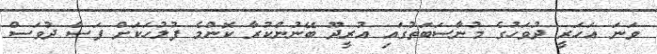
ވަނަ އަހަރީ ދުވަހުގެ މުނާސަބަތުގައި އުރީދޫ ބޭނުންކުރާ ކޮންމެ ފުލުހަކަށް ފަސް ދުވަސް